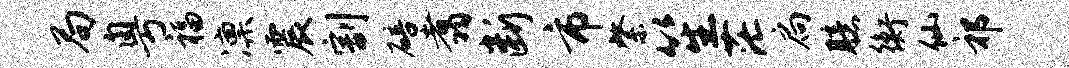
局粤福凛震割碚翥断市綮笙茫扃臆衡仙祁